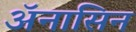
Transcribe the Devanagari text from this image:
ॲनासिन